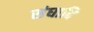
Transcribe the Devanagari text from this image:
संघादि